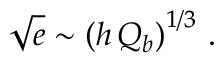
\sqrt { e } \sim \left( h \, Q _ { b } \right) ^ { 1 / 3 } \, .